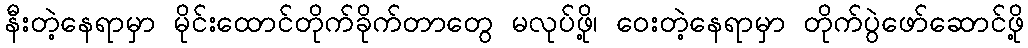
နီးတဲ့နေရာမှာ မိုင်းထောင်တိုက်ခိုက်တာတွေ မလုပ်ဖို့၊ ဝေးတဲ့နေရာမှာ တိုက်ပွဲဖော်ဆောင်ဖို့